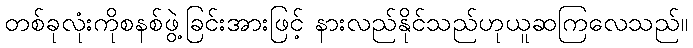
တစ်ခုလုံးကိုစနစ်ဖွဲ့ခြင်းအားဖြင့် နားလည်နိုင်သည်ဟုယူဆကြလေသည်။